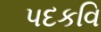
પદકવિ